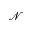
\mathcal { N }